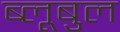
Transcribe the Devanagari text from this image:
ब्लूबुल